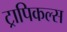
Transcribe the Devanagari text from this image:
ट्रापिकल्स